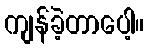
ကျန်ခဲ့တာပေါ့။